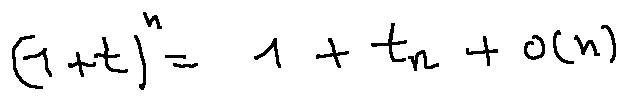
( 1 + t ) ^ { n } = 1 + t n + o ( n )